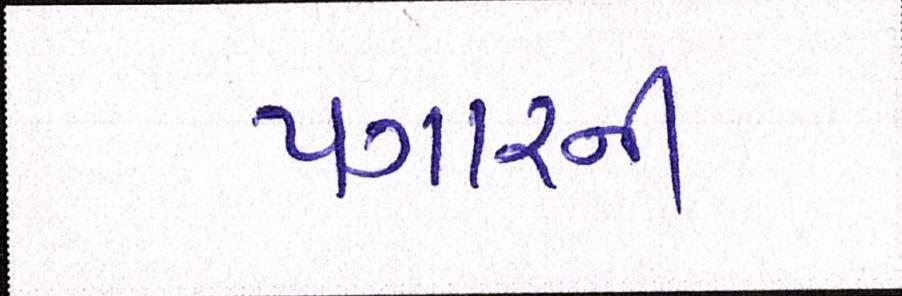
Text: પગારની